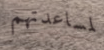
لمساعدتهم